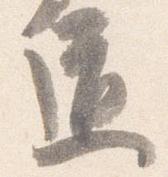
道